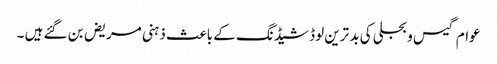
عوام گیس و بجلی کی بد ترین لوڈ شیڈنگ کے باعث ذہنی مریض بن گئے ہیں ۔